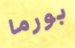
بورما